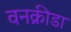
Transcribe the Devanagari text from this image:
वनक्रीडा